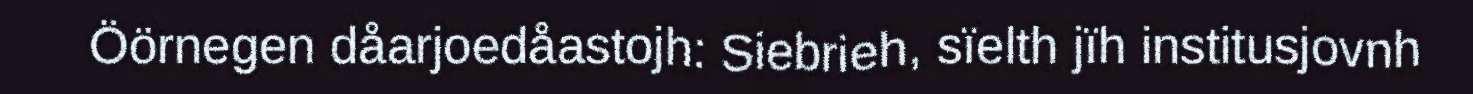
Öörnegen dåarjoedåastojh: Siebrieh, sïelth jïh institusjovnh